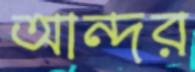
আন্দর